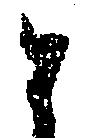
と